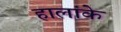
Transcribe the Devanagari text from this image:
हालांके